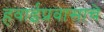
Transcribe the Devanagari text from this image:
हवाईप्रवासाचे